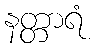
နတ္တာရံ